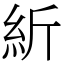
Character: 紤